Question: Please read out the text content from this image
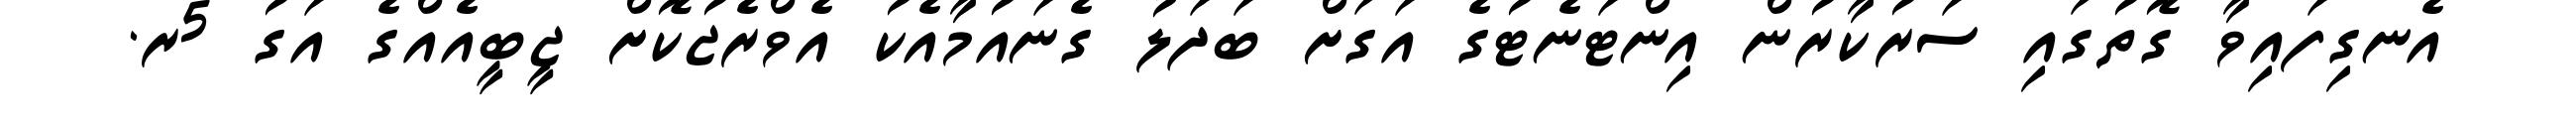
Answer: އެނގިފައިވާ ގޮތުގައި ސަރުކާރުން އިންޓަނެޓުގެ އަގަށް ބަދަލު ގެނައުމާއެކު އެވްރެޖުކޮށް ޖީބީއެއްގެ އަގު 5ރ.